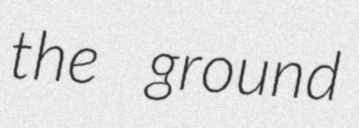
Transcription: the ground